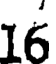
16